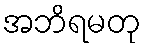
အဘိရမတု